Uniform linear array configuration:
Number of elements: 12
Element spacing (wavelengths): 0.25
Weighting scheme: uniform
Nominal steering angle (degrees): -15
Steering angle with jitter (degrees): -15.678
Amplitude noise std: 0.05
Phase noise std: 0.05

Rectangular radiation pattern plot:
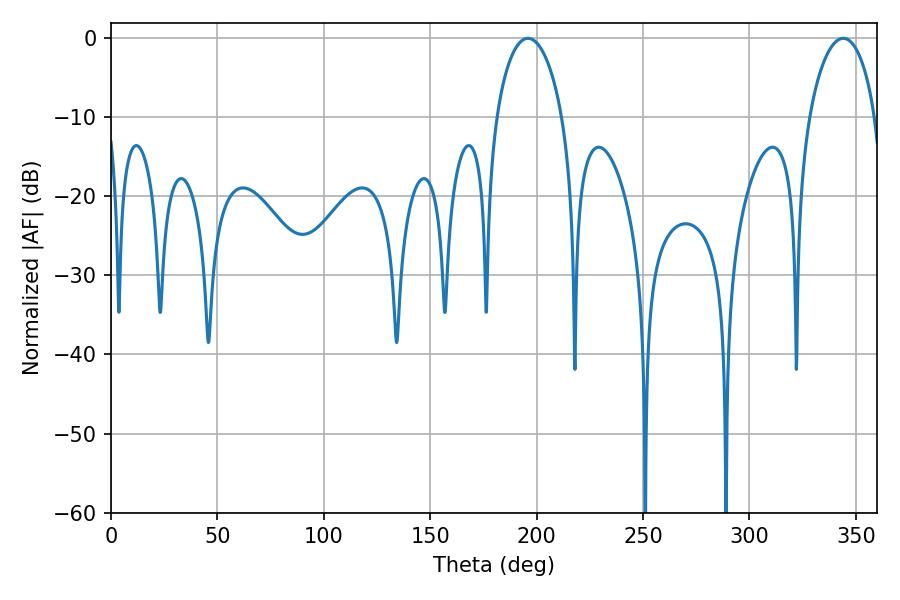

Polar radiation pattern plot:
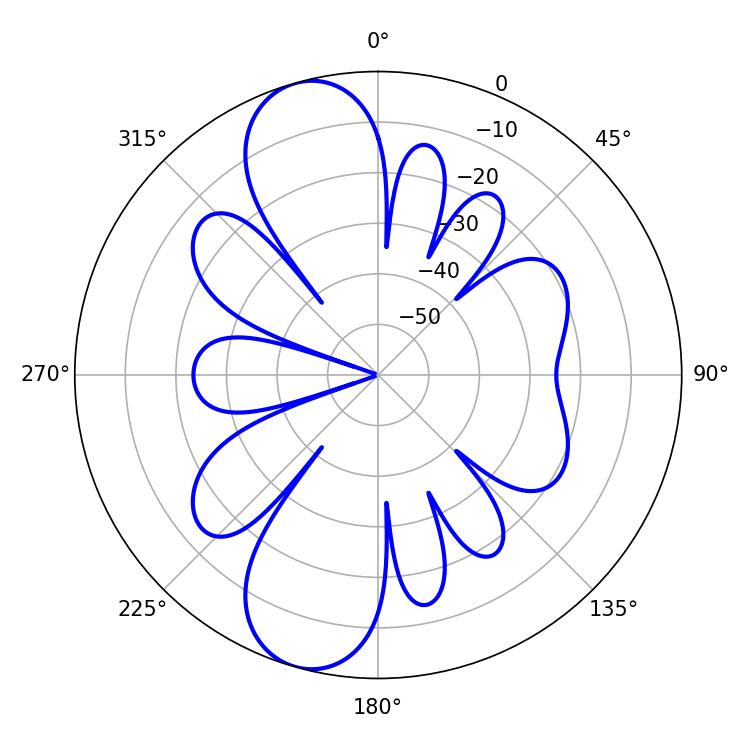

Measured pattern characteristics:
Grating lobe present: FALSE
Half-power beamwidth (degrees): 17.82
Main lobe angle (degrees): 195.84